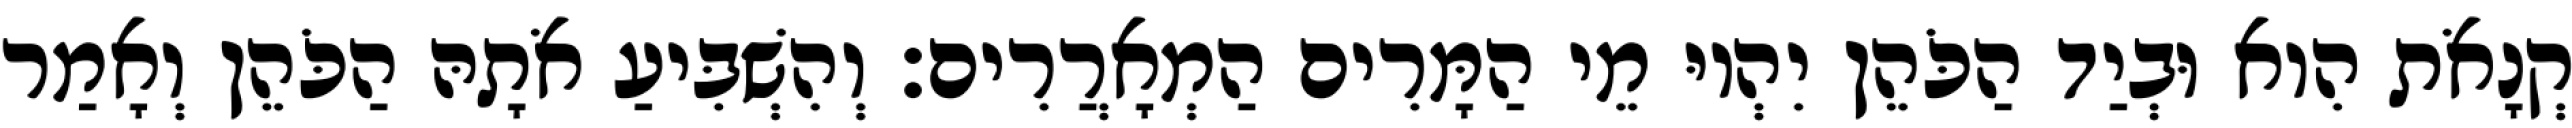
קְנָאֹת הִוא וּבְיַד הַכֹּהֵן יִהְיוּ מֵי הַמָּרִים הַמְאָרֲרִים׃ וְהִשְׁבִּיעַ אֹתָהּ הַכֹּהֵן וְאָמַר